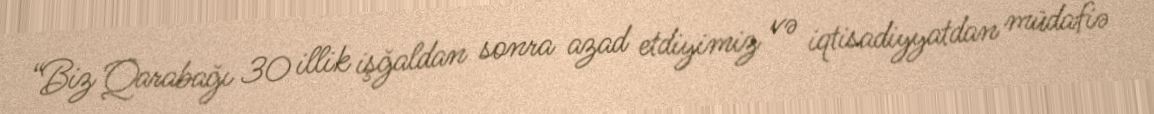
“Biz Qarabağı 30 illik işğaldan sonra azad etdiyimiz və iqtisadiyyatdan müdafiə